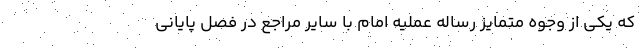
که یکی از وجوه متمایز رساله عملیه امام با سایر مراجع در فصل پایانی